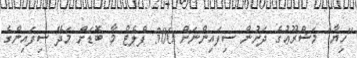
"ހިޔާ" މަޝްރޫޢުގެ ދަށުން ސިފައިންނަށް 300 ފްލެޓް މާ ބޮޑަށް މަދޭ ސިފައިންގެ